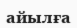
айылға